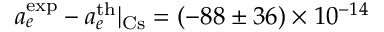
a _ { e } ^ { \mathrm { e x p } } - a _ { e } ^ { \mathrm { t h } } | _ { \mathrm { C s } } = ( - 8 8 \pm 3 6 ) \times 1 0 ^ { - 1 4 }